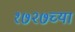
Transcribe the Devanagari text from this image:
१७२७च्या